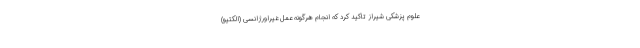
علوم پزشکی شیراز تاکید کرد که انجام هرگونه عمل غیراورژانسی (الکتیو)